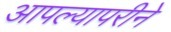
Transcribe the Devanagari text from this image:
आपल्यापरीने